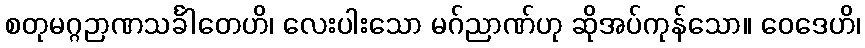
စတုမဂ္ဂဉာဏသင်္ခါတေဟိ၊ လေးပါးသော မဂ်ညာဏ်ဟု ဆိုအပ်ကုန်သော။ ဝေဒေဟိ၊